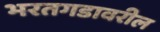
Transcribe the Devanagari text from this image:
भरतगडावरील